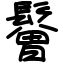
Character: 鬙